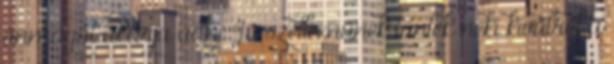
önmagát akarja adni Jó szelleműnek tűntek neki kívülről a